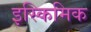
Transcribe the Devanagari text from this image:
इस्किमिक